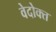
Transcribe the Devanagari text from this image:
वेदोक्‍त